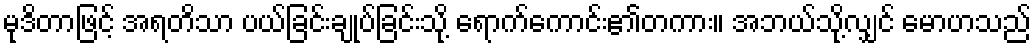
မုဒိတာဖြင့် အရတိသာ ပယ်ခြင်းချုပ်ခြင်းသို့ ရောက်ကောင်း၏တကား။ အဘယ်သို့လျှင် မောဟသည်